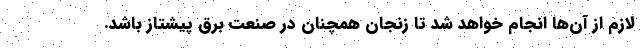
لازم از آن‌ها انجام خواهد شد تا زنجان همچنان در صنعت برق پیشتاز باشد.